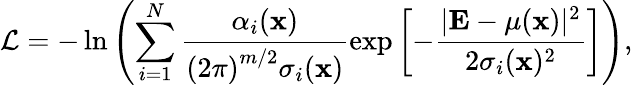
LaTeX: \mathcal{L}=-\ln\left(\sum_{i=1}^{N}\frac{\alpha_{i}(\mathbf{x})}{\left(2\pi\right)^{m/2}\sigma_{i}(\mathbf{x})}\exp{\left[-\frac{|\mathbf{E}-\mu(\mathbf{x})|^{2}}{2\sigma_{i}(\mathbf{x})^{2}}\right]}\right),